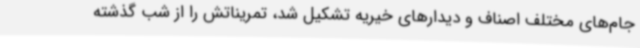
جام‌های مختلف اصناف و دیدارهای خیریه تشکیل شد، تمریناتش را از شب گذشته